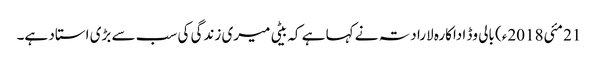
21 مئی2018ء) بالی وڈ اداکارہ لارا دتہ نے کہا ہے کہ بیٹی میری زندگی کی سب سے بڑی استاد ہے۔